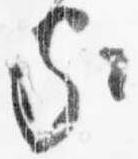
家